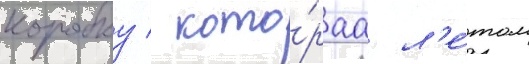
коробку / кото́раа л'е́том